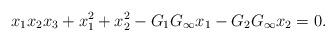
LaTeX: \begin{align*}x_1x_2x_3 + x_1^2+x_2^2-G_1 G_\infty x_1 -G_2 G_\infty x_2=0.\end{align*}